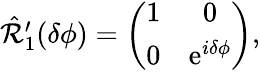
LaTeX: \begin{array}{r}{\hat{\mathcal{R}}_{1}^{\prime}(\delta\phi)=\left(\begin{array}{cc}{1}&{0}\\ {0}&{\mathrm{e}^{i\delta\phi}}\end{array}\right),}\end{array}